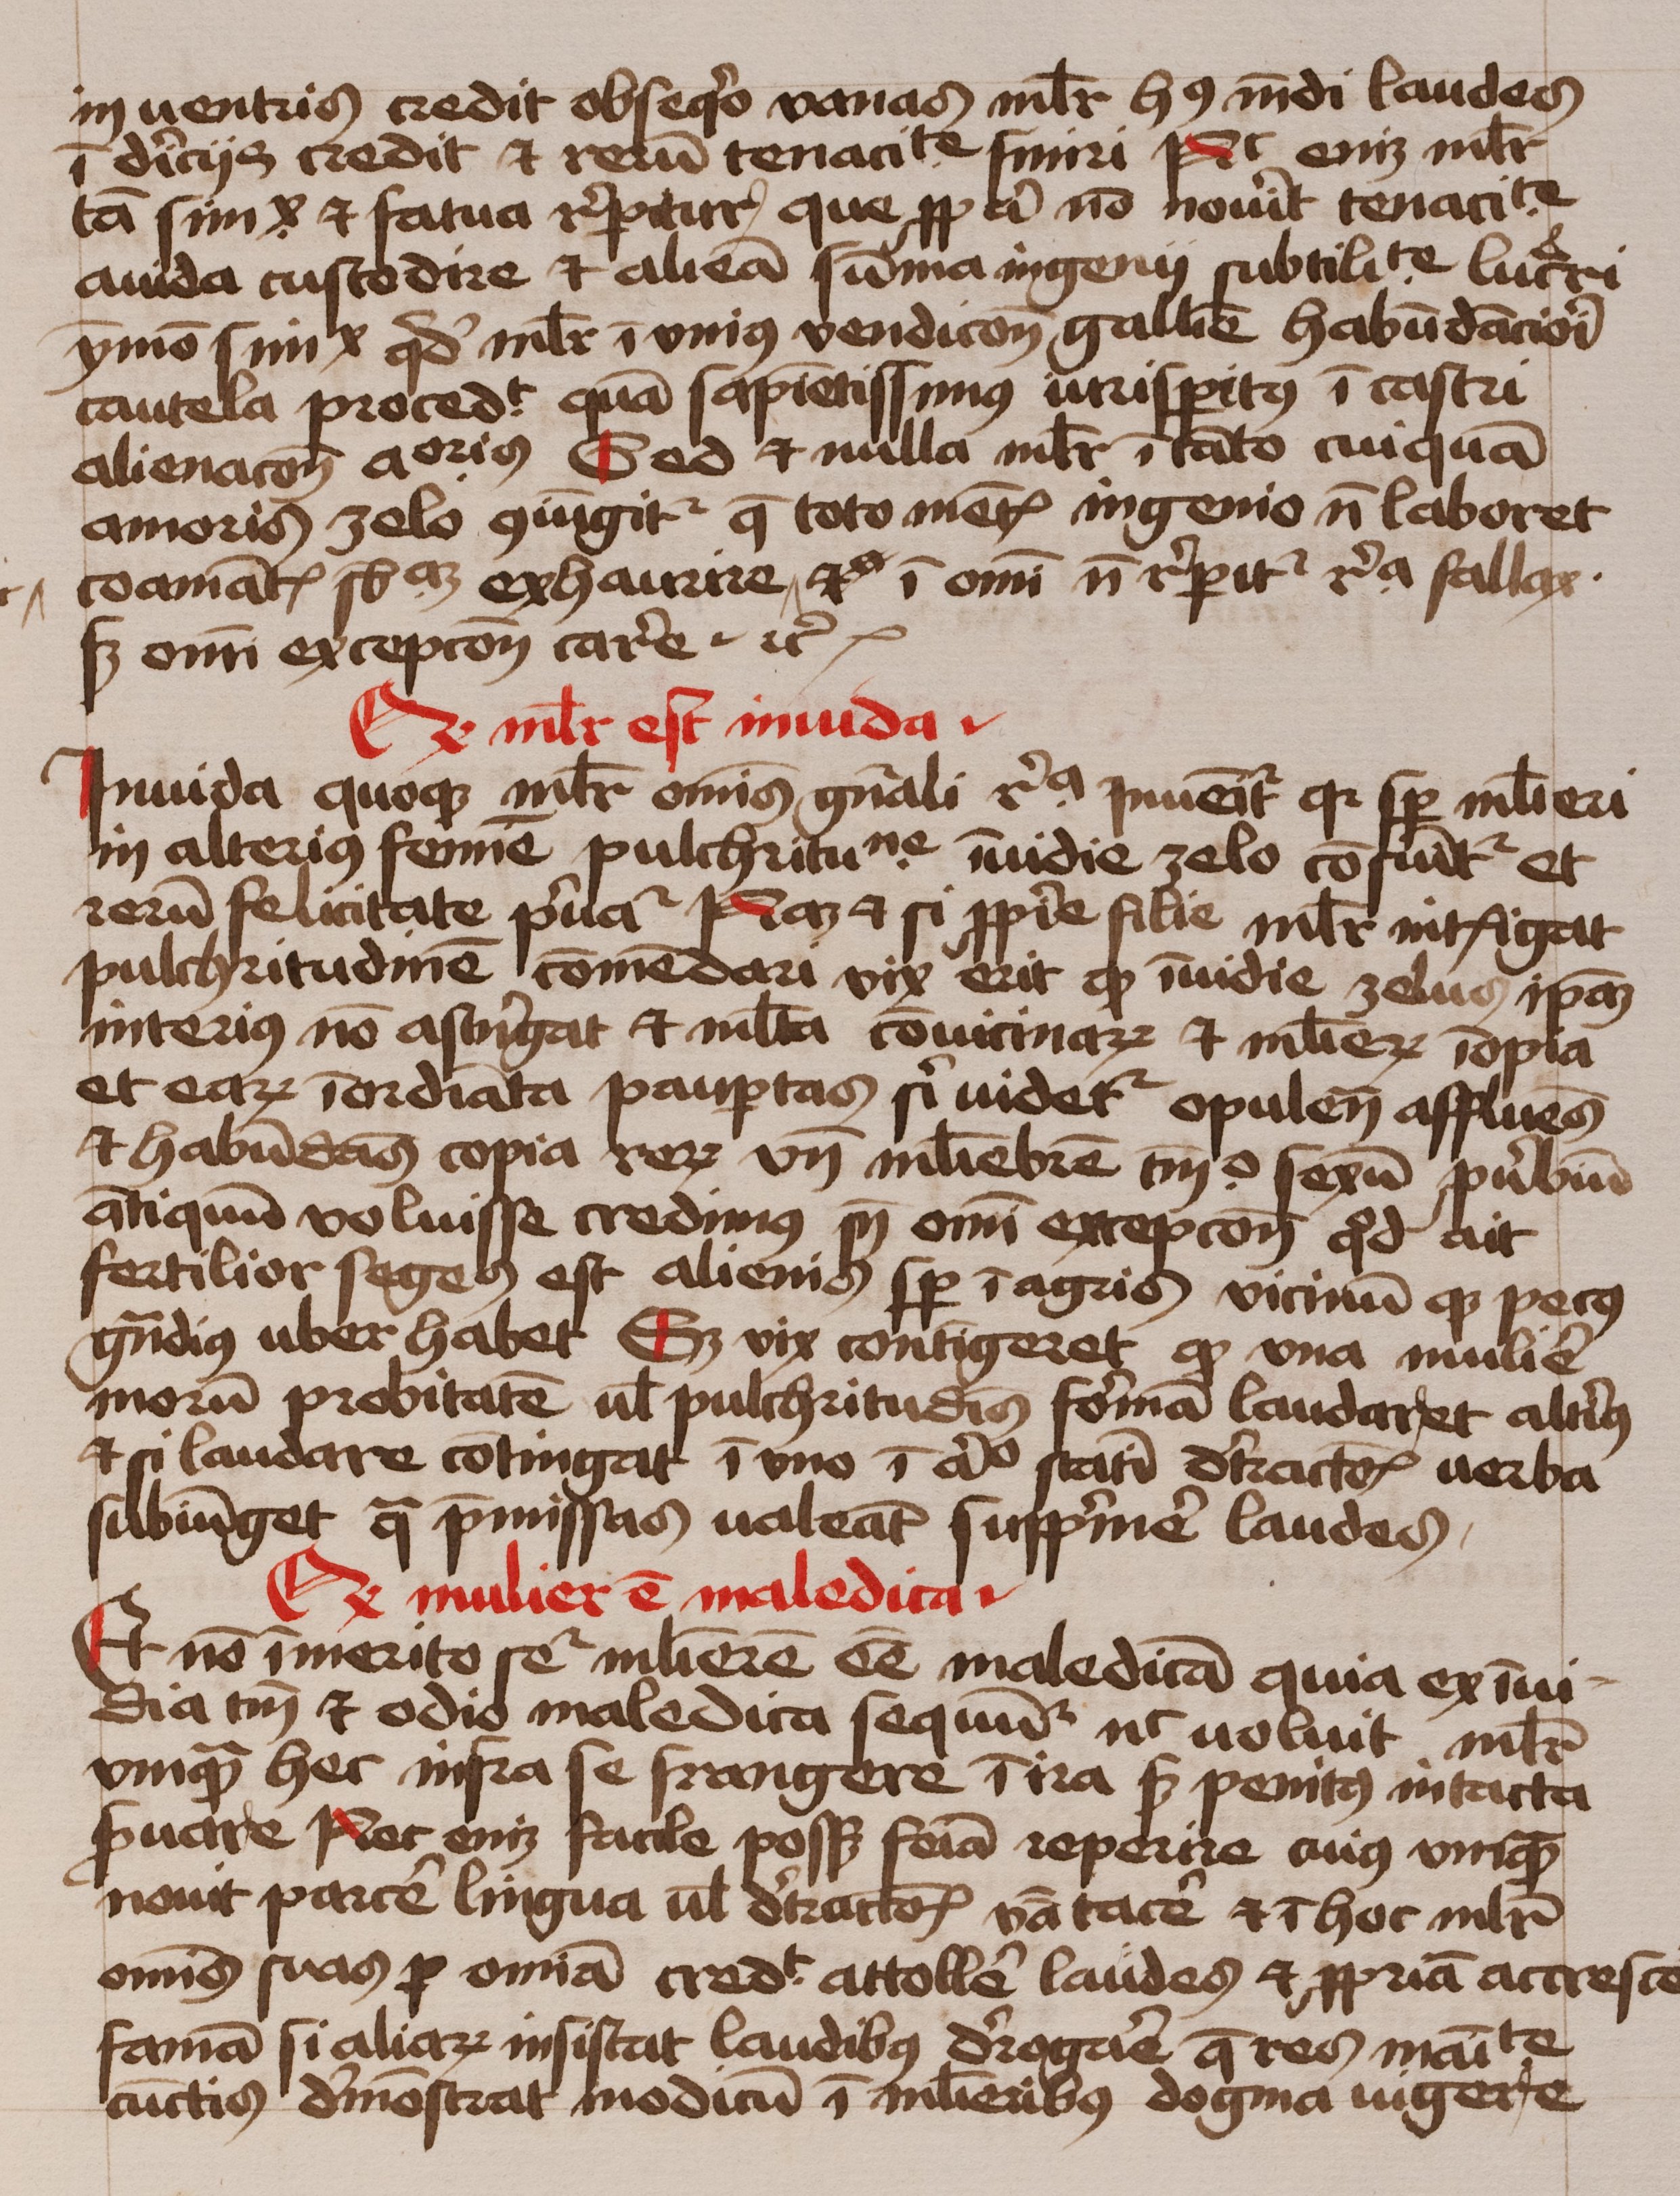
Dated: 1450–1474